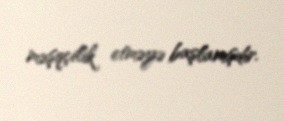
məşqçilik etməyə başlamışdır.